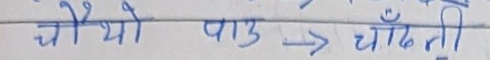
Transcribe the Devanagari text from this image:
चौथो पाउ → चाँदनी